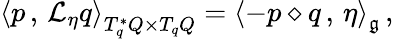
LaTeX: \begin{array}{r}{\left<p\, ,\, \mathcal{L}_{\eta}q\right>_{T_{q}^{*}Q\times T_{q}Q}=\left<-p\diamond q\, ,\, \eta\right>_{\mathfrak{g}}\, ,}\end{array}